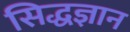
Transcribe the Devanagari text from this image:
सिद्धज्ञान